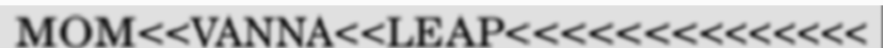
MOM<<VANNA<<LEAP<<<<<<<<<<<<<<